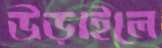
উড়াইলে